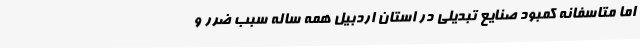
اما متاسفانه کمبود صنایع تبدیلی در استان اردبیل همه ساله سبب ضرر و